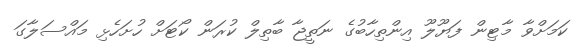
ކަމަށްވާ މާޓިން ފަޔޫލޫ އިންތިހާބުގެ ނަތީޖާ ބާތިލް ކުރަން ކޯޓަށް ހުށަހެޅި މައްސަލާގަ